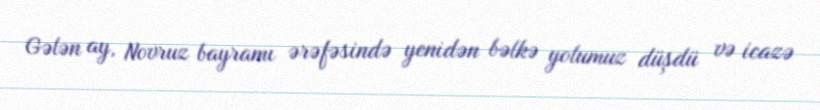
Gələn ay, Novruz bayramı ərəfəsində yenidən bəlkə yolumuz düşdü və icazə